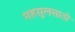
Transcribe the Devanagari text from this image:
महसूलसाठी